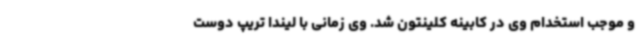
و موجب استخدام وی در کابینه کلینتون شد. وی زمانی با لیندا تریپ دوست